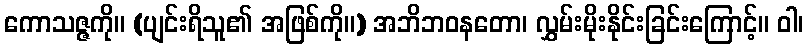
ကောသဇ္ဇကို။ (ပျင်းရိသူ၏ အဖြစ်ကို။) အဘိဘဝနတော၊ လွှမ်းမိုးနိုင်းခြင်းကြောင့်။ ဝါ၊